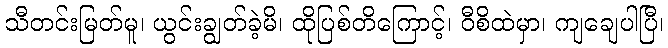
သီတင်းမြတ်မူ၊ ယွင်းချွတ်ခဲ့မိ၊ ထိုပြစ်တိကြောင့်၊ ဝီစိထဲမှာ၊ ကျချေပါပြီ၊